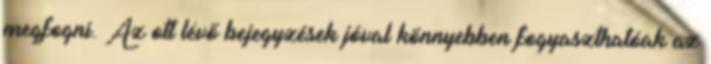
megfogni. Az ott lévő bejegyzések jóval könnyebben fogyaszthatóak az